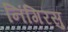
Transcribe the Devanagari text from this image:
निंगिरसु